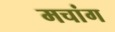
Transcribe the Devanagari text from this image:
मचांग